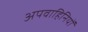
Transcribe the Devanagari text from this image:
अपवाहिनियों